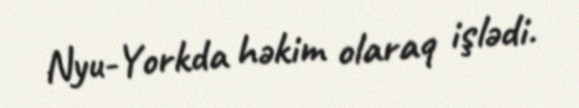
Nyu-Yorkda həkim olaraq işlədi.